Annual report on the Civil Veterinary Department, Burma (including the Insein Veterinary School) - 1910-1922
Year: 1910
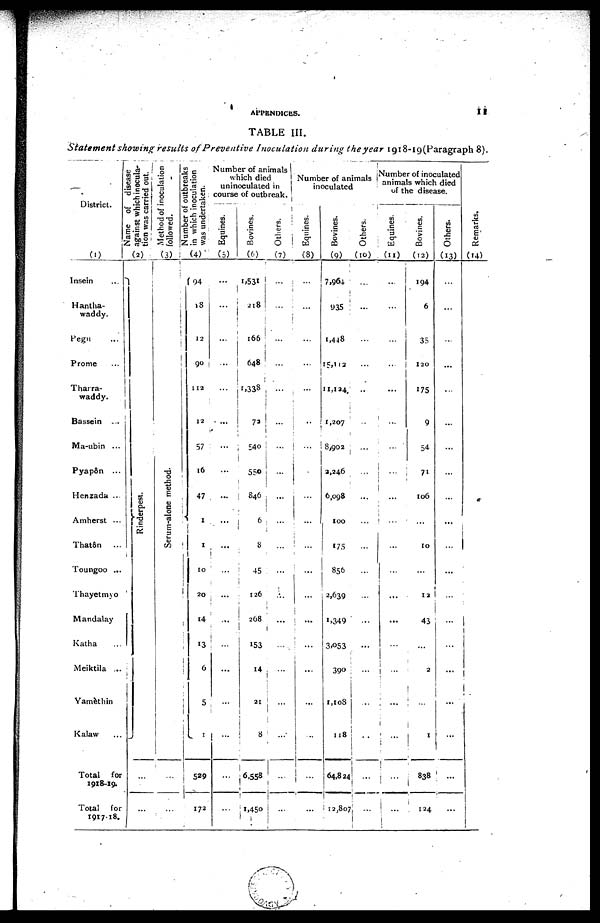
APPENDICES.
11
TABLE III.
Statement showing results of Preventive Inoculation during the year 1918-19 (Paragraph 8).
District.
(1)
Insein ...
Hantha-
waddy.
Pegu ...
Prome ...
Tharra-
waddy.
Bassein ...
Ma-ubin ...
Pyapôn ...
Henzada ...
Amherst ...
Thatôn ...
Toungoo ...
Thayetmyo
Mandalay
Katha ...
Meiktila ...
Yamèthin
Kalaw ...
Total for
1918-19.
Total for
1917-18.
Name of disease
against which inocula-
tion was carried out.
(2)
Ri nder pes t
.
...
...
Method of inoculation
followed.
(3)
Serum-alone method.
...
...
Number of outbreaks
in which inoculation
was undertaken.
(4)
94
18
12
90
112
12
57
16
47
1
1
10
20
14
13
6
5
1
529
172
Number of animals
which died
uninoculated in
course of outbreak.
Equines.
(5)
...
...
...
...
...
...
...
...
...
...
...
...
...
...
...
...
...
...
...
...
...
Bovines.
(6)
1,531
218
166
648
1,338
72
540
550
846
6
8
45
126
268
153
14
21
8
6,558
1,450
Others.
(7)
...
...
...
...
...
...
...
...
...
...
...
...
...
...
...
...
...
...
...
...
Number of animals
inoculated
Equines.
(8)
...
...
...
...
...
...
...
...
...
...
...
...
...
...
...
...
...
...
...
...
Bovines.
(9)
7,964
935
1,448
15,112
11,124
1,207
8,902
2,246
6,098
100
175
856
2,639
1,349
3,053
390
1,108
118
64,824
12,807
Others.
(10)
...
...
...
...
...
...
...
...
...
...
...
...
...
...
...
...
...
...
...
...
Number of inoculated
animals which died
of the disease.
Equines.
(11)
...
...
...
...
...
...
...
...
...
...
...
...
...
...
...
...
...
...
...
...
Bovines.
(12)
194
6
35
120
175
9
54
71
106
...
10
...
12
43
...
2
...
1
838
124
Others.
(13)
...
...
...
...
...
...
...
...
...
...
...
...
...
...
...
...
...
...
...
...
Remarks.
(14)